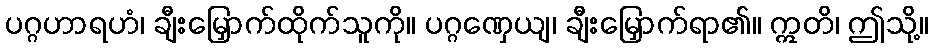
ပဂ္ဂဟာရဟံ၊ ချီးမြှောက်ထိုက်သူကို။ ပဂ္ဂဏှေယျ၊ ချီးမြှောက်ရာ၏။ ဣတိ၊ ဤသို့။